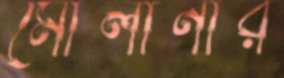
মৌলানার